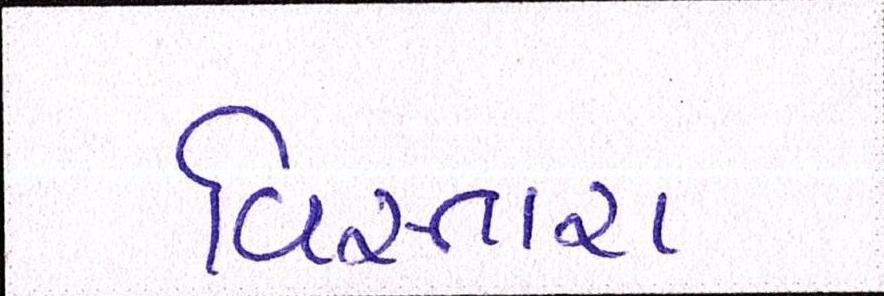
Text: વિસ્તારા